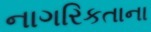
નાગરિકતાના